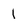
Character: 1